Medical and sanitary report of the native army of Madras for the year
Year: 1878
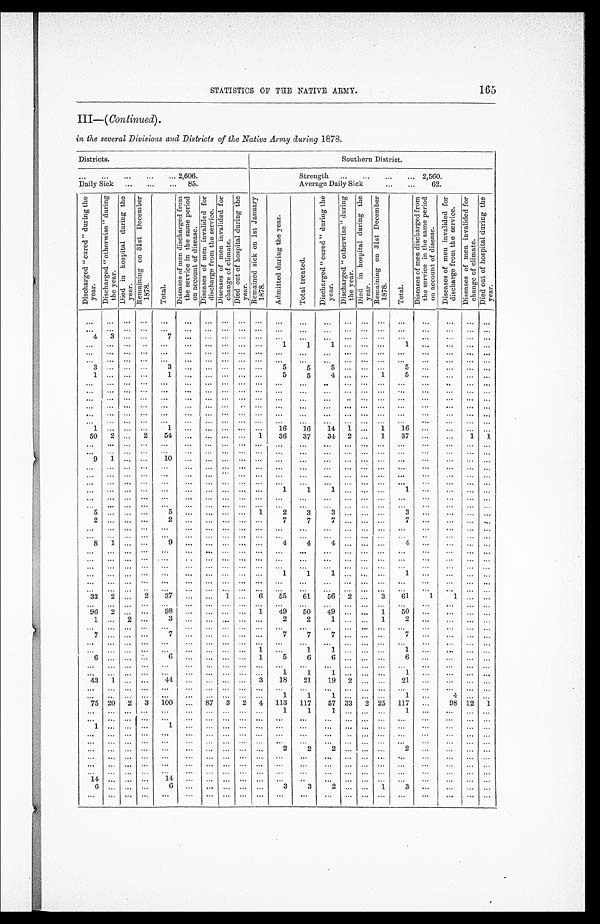
165
STATISTICS OF THE NATIVE ARMY.
III—( Continued).
in the several Divisions and Districts of the Native Army during 1878.
Districts.
Southern District.
. . . 2,606.
Strength . . . 2,560.
Daily Sick . . . 85.
Average Daily Sick . . . 62.
D i s c h a r g e d " c u r e d " d u r i n g t h e y e a r .
Di s c h a r e d " o t h e r wi s e " d u r i n g t h e y e a r .
Di ed i n hos pi t al dur i ng t he y ear . Re ma i n i n g o n 3 1 s t De c e mb e r 1 8 7 8 .
T o t a l .
D i s e a s e s o f m e n d i s c h a r g e d f r o m t h e s e r v i c e i n t h e s a m e p e r i o d o n a c c o u n t o f d i s e a s e .
D i s e a s e s o f m e n i n v a l i d e d f o r d i s c h a r g e f r o m t h e s e r v i c e .
D i s e a s e s o f m e n i n v a l i d e d f o r c h a n g e o f c l i m a t e .
D i e d o u t o f h o s p i t a l d u r i n g t h e y e a r .
Re ma i n e d s i c k o n 1 s t J a n u a r y 1 8 7 8 .
A d m i t t e d d u r i n g t h e y e a r .
T o t a l t r e a t e d .
Di schar ged "cur ed" dur i ng t he year .
D i s c h a r e d " o t h e r w i s e " d u r i n g t h e y e a r .
D i e d i n h o s p i t a l d u r i n g t h e y e a r .
R e m a i n i n g o n 3 1 s t D e c e m b e r 1 8 7 8 .
T o t a l .
D i s e a s e s o f m e n d i s c h a r g e d f r o m t h e s e r v i c e i n t h e s a m e p e r i o d o n a c c o u n t o f d i s e a s e .
D i s e a s e s o f m e n i n v a l i d e d f o r d i s c h a r g e f r o m t h e s e r v i c e .
D i s e a s e s o f m e n i n v a l i d e d f o r c h a n g e o f c l i m a t e .
D i e d o u t o f h o s p i t a l d u r i n g t h e y e a r .
. . .
. . .
. . .
. . .
. . .
. . .
. . .
. . .
. . .. . .
. . .
. . .. . .
. . .
. . .
. . .
. . .. . .
. . .
. . .
. . .
. . .
. . .
. . .
. . .
. . .
. . .
. . .
. . .
. . .. . .
. . .
. . .. . .
. . .
. . .
. . .
. . .. . .
. . .
. . .
. . .
4
3
. . .
. . .
7
. . .
. . .
. . .
. . .. . .
. . .
. . .
. . .
. . .
. . .
. . .
. . .. . .
. . .
. . .
. . .
. . .
. . .
. . .
. . .
. . .
. . .
. . .
. . .
. . .. . .
1
1 1
. . .
. . .
. . .
1 . . .
. . .
. . .
. . .
. . .
. . .
. . .
. . .
. . .
. . .
. . .
. . .
. . .. . .
. . .
. . .. . .
. . .
. . .
. . .
. . .. . .
. . .
. . .
. . .
. . .
. . .
. . .
. . .
. . .
. . .
. . .
. . .
. . .. . .
. . .
. . .. . .
. . .
. . .
. . .
. . .. . .
. . .
. . .
. . .
3
. . .
. . .
. . .
3
. . .
. . .
. . .
. . .. . .
5
5 5
. . .
. . .
. . .
5 . . .
. . .
. . .
. . .
1
. . .
. . .
. . .
1
. . .
. . .
. . .
. . .. . .
5
5 4
. . .
. . .
1
5 . . .
. . .
. . .
. . .
. . .
. . .
. . .
. . .
. . .
. . .
. . .
. . .
. . .. . .
. . .
. . .. . .
. . .
. . .
. . .
. . .. . .
. . .
. . .
. . .
. . .
. . .
. . .
. . .
. . .. . .
. . .
. . .
. . .. . .
. . .
. . .. . .
. . .
. . .
. . .
. . .. . .
. . .
. . .
. . .
. . .
. . .
. . .
. . .
. . .. . .
. . .
. . .
. . .. . .
. . .
. . .. . .
. . .
. . .
. . .
. . .. . .
. . .
. . .
. . .
. . .
. . .
. . .
. . .
. . .. . .
. . .
. . .
. . .. . .
. . .
. . .. . .
. . .
. . .
. . .
. . .. . .
. . .
. . .
. . .
. . .
. . .
. . .
. . .
. . .. . .
. . .
. . .
. . .. . .
. . .
. . .. . .
. . .
. . .
. . .
. . .. . .
. . .
. . .
. . .
. . .
. . .
. . .
. . .
. . .. . .
. . .
. . .
. . .. . .
. . .
. . .. . .
. . .
. . .
. . .
. . .. . .
. . .
. . .
. . .
1
. . .
. . .
. . .
1 . . .
. . .
. . .
. . .. . .
1 6
1 6
14
1
. . .
1
1 6
. . .
. . .
. . .
. . .
50
2
. . .
2
5 4
. . .
. . .
. . .
. . .1
3 6
3 7
34
2
. . .
1
3 7
. . .
. . .
1
1
. . .
. . .
. . .
. . .
. . .. . .
. . .
. . .
. . .. . .
. . .
. . .. . .
. . .
. . .
. . .
. . .. . .
. . .
. . .
. . .
. . .
. . .
. . .
. . .
. . .. . .
. . .
. . .
. . .. . .
. . .
. . .. . .
. . .
. . .
. . .
. . .. . .
. . .
. . .
. . .
9
1
. . .
. . .
1 0
. . .
. . .
. . .
. . .. . .
. . .
. . .. . .
. . .
. . .
. . .
. . .
. . .
. . .
. . .
. . .
. . .
. . .
. . .
. . .
. . .. . .
. . .
. . .
. . .
. . .
. . .
. . .. . .
. . .
. . .
. . .
. . .. . .
. . .
. . .
. . .
. . .
. . .
. . .
. . .
. . .. . .
. . .
. . .
. . .
. . .
. . .
. . .. . .
. . .
. . .
. . .
. . .. . .
. . .
. . .
. . .
. . .
. . .
. . .
. . .
. . .. . .
. . .
. . .
. . .
. . .
. . .
. . .. . .
. . .
. . .
. . .
. . .. . .
. . .
. . .
. . .
. . .
. . .
. . .
. . .
. . .. . .
. . .
. . .
. . .
. . .
1
1 1
. . .
. . .
. . .
1 . . .
. . .
. . .
. . .
. . .
. . .
. . .
. . .
. . .. . .
. . .
. . .
. . .
. . .
. . .
. . .. . .
. . .
. . .
. . .
. . .. . .
. . .
. . .
. . .
. . .
. . .
. . .
. . .
. . .. . .
. . .
. . .
. . .
. . .
. . .
. . .. . .
. . .
. . .
. . .
. . .. . .
. . .
. . .
. . .
5
. . .
. . .
. . .
5 . . .
. . .
. . .
. . .
1
2
3 3
. . .
. . .
. . .
3 . . .
. . .
. . .
. . .
2
. . .
. . .
. . .
2 . . .
. . .
. . .
. . .
. . .
7
7 7
. . .
. . .
. . .
7 . . .
. . .
. . .
. . .
. . .
. . .
. . .
. . .
. . .. . .
. . .
. . .
. . .
. . .
. . .
. . .. . .
. . .
. . .
. . .
. . .. . .
. . .
. . .
. . .
. . .
. . .
. . .
. . .
. . .. . .
. . .
. . .
. . .
. . .
. . .
. . .. . .
. . .
. . .
. . .
. . .. . .
. . .
. . .
. . .
8
1
. . .
. . .
9 . . .
. . .
. . .
. . .
. . .
4
4 4
. . .
. . .
. . .
4 . . .
. . .
. . .
. . .
. . .
. . .
. . .
. . .
. . .. . .
. . .
. . .
. . .
. . .
. . .
. . .. . .
. . .
. . .
. . .
. . .. . .
. . .
. . .
. . .
. . .
. . .
. . .
. . .
. . .. . .
. . .
. . .
. . .
. . .
. . .
. . .. . .
. . .
. . .
. . .
. . .. . .
. . .
. . .
. . .
. . .
. . .
. . .
. . .
. . .. . .
. . .
. . .
. . .
. . .
. . .
. . .. . .
. . .
. . .
. . .
. . .. . .
. . .
. . .
. . .
. . .
. . .
. . .
. . .
. . .. . .
. . .
. . .
. . .
. . .
1
1 1
. . .
. . .
. . .
1 . . .
. . .
. . .
. . .
. . .
. . .
. . .
. . .
. . .. . .
. . .
. . .
. . .
. . .
. . .
. . .. . .
. . .
. . .
. . .
. . .. . .
. . .
. . .
. . .
. . .
. . .
. . .
. . .
. . .. . .
. . .
. . .
. . .
. . .
. . .
. . .. . .
. . .
. . .
. . .
. . .. . .
. . .
. . .
. . .
33
2
. . .
2
3 7
. . .
. . .
1
. . .
6
5 5
6 1
56
2
. . .
3
6 1
1
1
. . .
. . .
. . .
. . .
. . .
. . .
. . .. . .
. . .
. . .
. . .
. . .
. . .
. . .. . .
. . .. . .
. . .
. . .. . .
. . .
. . .
. . .
96
2
. . .
. . .
9 8
. . .
. . .
. . .
. . .
1
4 9
5 0
49
. . .. . .
1
5 0
. . .
. . .
. . .
. . .
1
. . .
2
. . .
3 . . .
. . .
. . .
. . .
. . .
2
2 1
. . .. . .
1
2 . . .
. . .
. . .
. . .
. . .
. . .
. . .
. . .
. . .. . .
. . .
. . .
. . .
. . .
. . .
. . .. . .
. . .. . .
. . .
. . .. . .
. . .
. . .
. . .
7
. . .
. . .
. . .
7 . . .
. . .
. . .
. . .
. . .
7
7 7
. . .. . .
. . .
7 . . .
. . .
. . .
. . .
. . .
. . .
. . .
. . .
. . .. . .
. . .
. . .
. . .
. . .
. . .
. . .. . .
. . .. . .
. . .
. . .. . .
. . .
. . .
. . .
. . .
. . .
. . .
. . .
. . . .
. . .
. . .
. . .
. . .
1
. . .
1 1
. . .. . .
. . .
1 . . .
. . .
. . .
. . .
6
. . .
. . .
. . .
6 . . .
. . .
. . .
. . .
1
5
6 6
. . .. . .
. . .
6 . . .
. . .
. . .
. . .
. . .
. . .
. . .
. . .. . .
. . .
. . .. . .
. . .
. . .
. . .
. . .
. . .
. . .. . . . . .
. . .. . .
. . .
. . .
. . .
. . .
. . .
. . .
. . .. . .
. . .
. . .. . .
. . .
. . .
1
1
1
. . .. . . . . .
1 . . .
. . .
. . .
. . .
43
1
. . .
. . .44
. . .
. . .. . .
. . .
3
1 8
2 1
1 9
2 . . . . . .
2 1
. . .
. . .
. . .
. . .
. . .
. . .
. . .
. . .. . .
. . .
. . .. . .
. . .
. . .
. . .
. . .
. . .
. . .. . . . . .
. . .. . .
. . .
. . .
. . .
. . .
. . .
. . .
. . .. . .
. . .
. . .. . .
. . .
. . .
1
1
1
. . .. . . . . .
1 . . .
4
. . .
. . .
75
20
2
3 100
. . .
8 7
3
2
4
1 1 3
1 1 7
5 7
3 3
2
25
1 1 7. . .
9 8
1 2
1
. . .
. . .
. . .
. . .. . .
. . .
. . .. . .
. . .
. . .
1
1
1
. . .. . . . . .
1 . . .
. . .
. . .
. . .
. . .
. . .
. . .
. . .. . .
. . .
. . .. . .
. . .
. . .
. . .
. . .
. . .
. . .. . . . . .
. . .. . .
. . .
. . .
. . .
1
. . .
. . .
. . .1
. . .
. . .. . .
. . .
. . .
. . .
. . .
. . .
. . .
. . . . . .
. . .. . .
. . .
. . .
. . .
. . .
. . .
. . .
. . .. . .
. . .
. . .
. . .
. . .
. . .
. . .. . .
. . .
. . .. . . . . .
. . .. . .
. . .
. . .
. . .
. . .
. . .
. . .
. . .. . .
. . .
. . .
. . .
. . .
. . .
. . .. . .
. . .
. . .. . . . . .
. . .. . .
. . .
. . .
. . .
. . .
. . .
. . .
. . .. . .
. . .
. . .
. . .
. . .
. . .
2 2
2
. . .. . . . . .
2 . . .
. . .
. . .
. . .
. . .
. . .
. . .
. . .. . .
. . .
. . .
. . .
. . .
. . .
. . .. . .
. . .
. . .. . . . . .
. . .. . .
. . .
. . .
. . .
. . .
. . .
. . .
. . .. . .
. . .
. . .
. . .
. . .
. . .
. . .. . .
. . .
. . .. . . . . .
. . .. . .
. . .
. . .
. . .
. . .
. . .
. . .
. . .
. . .
. . .
. . .
. . .
. . .
. . .
. . .. . .
. . .
. . .. . . . . .
. . .. . .
. . .
. . .
. . .
14
. . .
. . .
. . .
14
. . .
. . .
. . .
. . .
. . .
. . .. . .
. . .
. . .. . . . . .
. . .. . .
. . .
. . .
. . .
6
. . .
. . .
. . .
6
. . .
. . .
. . .
. . .
. . .
3 3
2
. . .. . . 1
3 . . .
. . .
. . .
. . .
. . .
. . .
. . .
. . .
. . .
. . .
. . .
. . .
. . .
. . .
. . .
. . .
. . .
. . .. . . . . .
. . .. . .
. . .
. . .
. . .